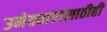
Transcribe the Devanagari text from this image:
उमेदवारांसाठीही